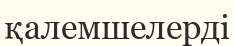
қалемшелерді